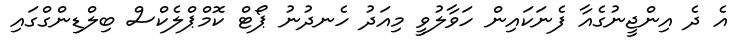
އެ ދެ އިންޖީނުގެއާ ފެނަކައިން ހަވާލުވީ މިއަދު ހެނދުނު ޕޯޓް ކޮމްޕްލެކްސް ބިލްޑިންގްގައި